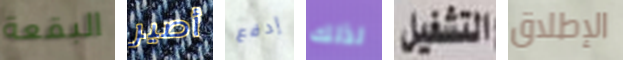
البقعة أصير إدفع لذلك التشغيل الإطلاق